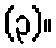
(၃)။